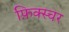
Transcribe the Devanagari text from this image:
फ़िक्स्चर